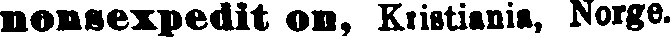
nonsexpedit on, Kristiania, Norge.